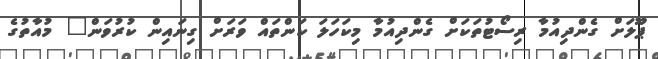
ޕޫލަށް ގެންދިއުމާ ރިސޯޓުތަކަށް ގެންދިއުމާ މިކަހަލަ ކަންތައް ވަރަށް ގިނައިން ކުރުވަން" މުއާތުގެ